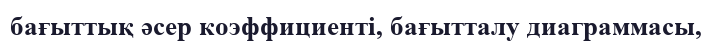
бағыттық әсер коэффициенті, бағытталу диаграммасы,